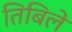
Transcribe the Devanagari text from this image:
तिबिले